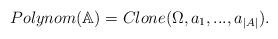
LaTeX: \begin{align*}Polynom(\mathbb{A}) = Clone(\Omega,a_1,...,a_{|A|}).\end{align*}